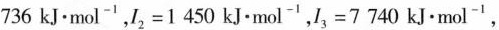
7 3 6 $$kJ·mol^{-1}，$$I _ { 2 } = 1 4 5 0$$ kJ-mol^{-1}，$$I _ { 3 } = 7 7 4 0$$ kJ·mol^{-1}，